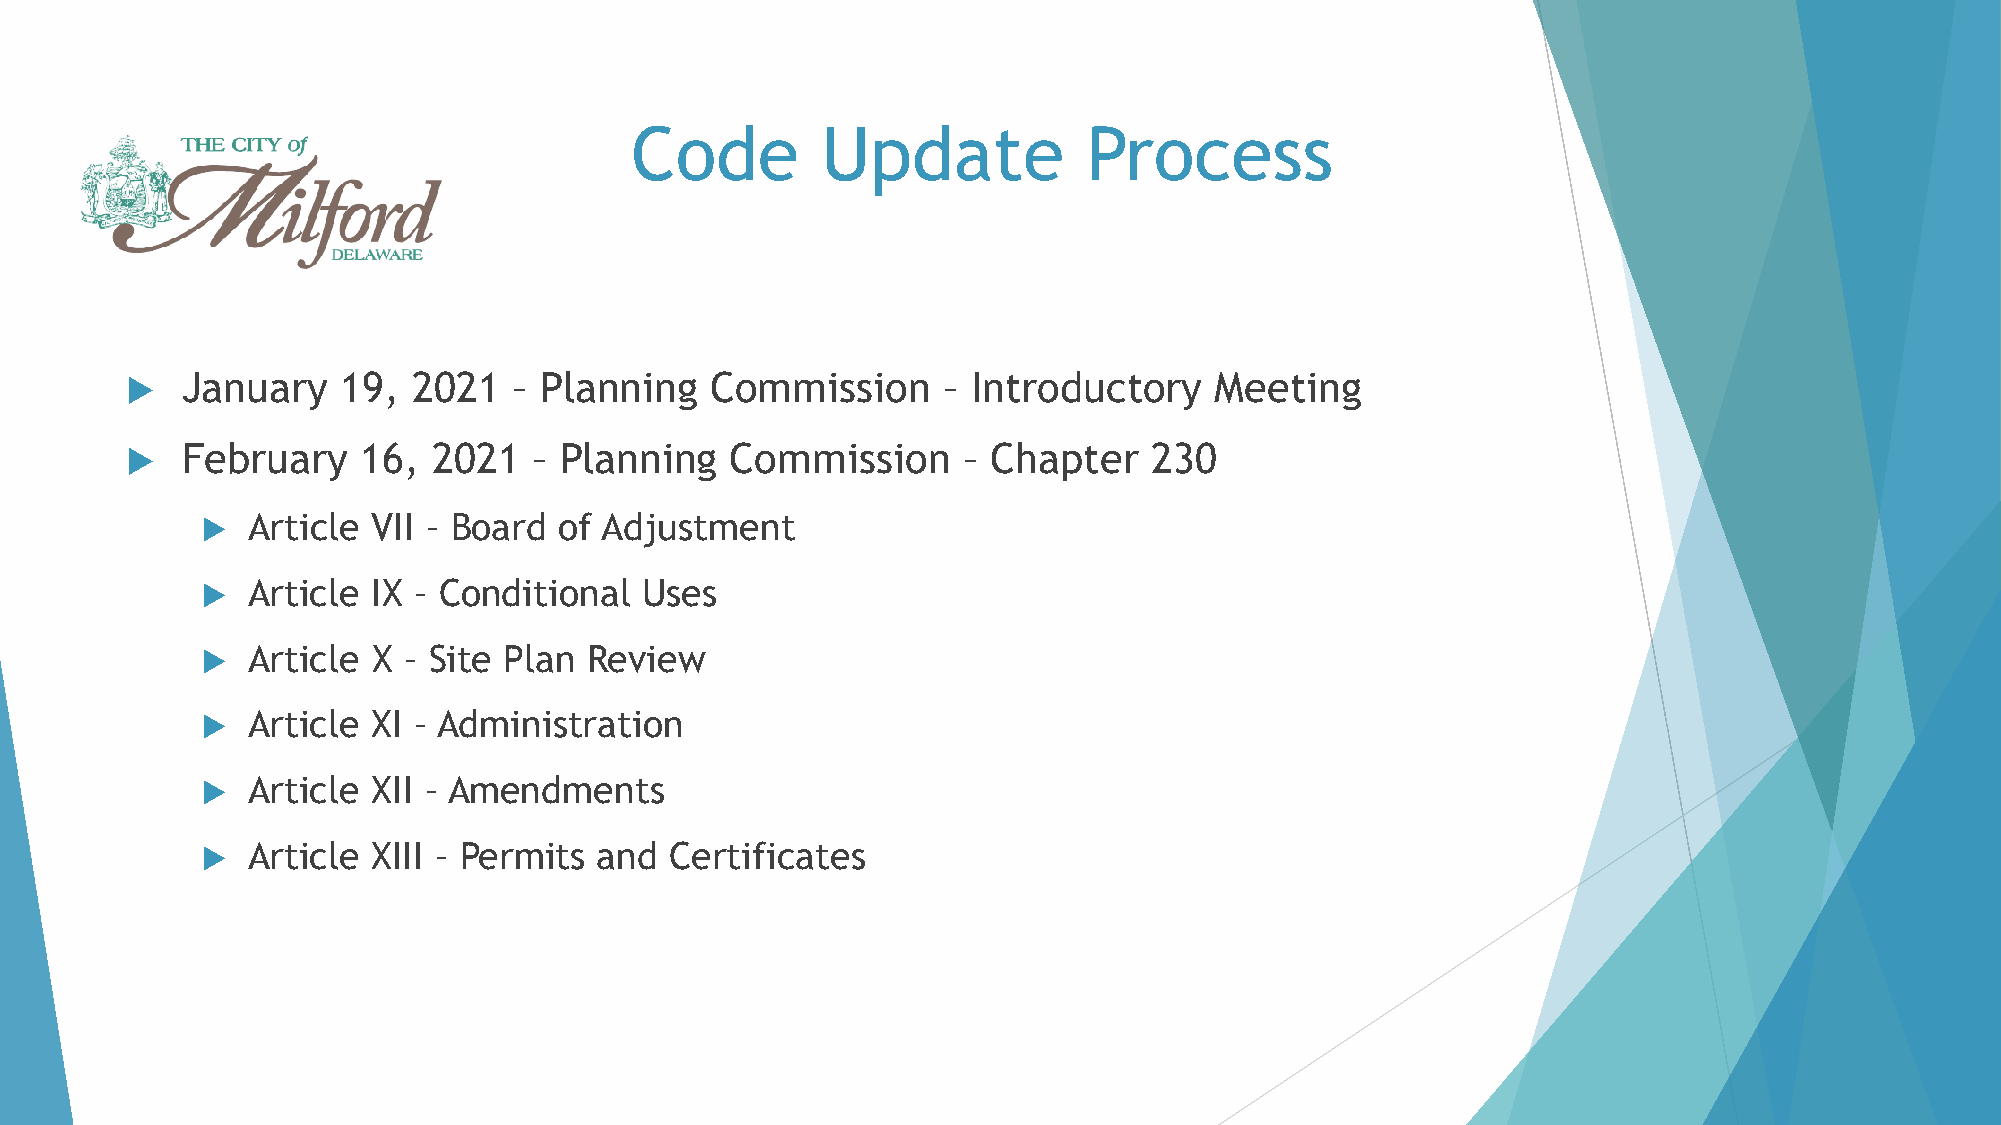
Code        Update            Process
    January    19, 2021   – Planning   Commission     – Introductory    Meeting
    February    16,  2021  – Planning   Commission      – Chapter   230
   Article  VII – Board of Adjustment
   Article  IX – Conditional Uses
   Article  X – Site Plan Review
   Article  XI – Administration
   Article  XII – Amendments
   Article  XIII – Permits and Certificates